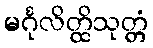
မင်္ဂုလိတ္ထိသုတ္တံ